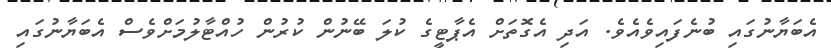
އެބަޔާނުގައި ބުނެފައިވެއެވެ. އަދި އެގޮތަށް އެޕާޓީގެ ކުލަ ބޭނުން ކުރުން ހުއްޓާލުމަށްވެސް އެބަޔާނުގައި